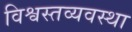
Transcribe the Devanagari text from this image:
विश्वस्तव्यवस्था